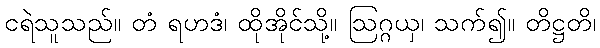
ငရဲသူသည်။ တံ ရဟဒံ၊ ထိုအိုင်သို့။ ဩဂ္ဂယှ၊ သက်၍။ တိဋ္ဌတိ၊